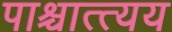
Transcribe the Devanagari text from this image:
पाश्चात्त्यय